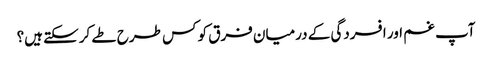
آپ غم اور افسردگی کے درمیان فرق کو کس طرح طے کرسکتے ہیں؟